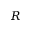
R